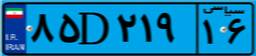
۴۵D۴۵۱۲۶